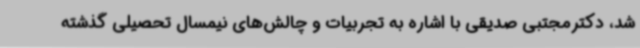
شد، دکترمجتبی صدیقی با اشاره به تجربیات و چالش‌های نیمسال تحصیلی گذشته